Riigikohus_(kohtuotsuste_protokollid), lk 16
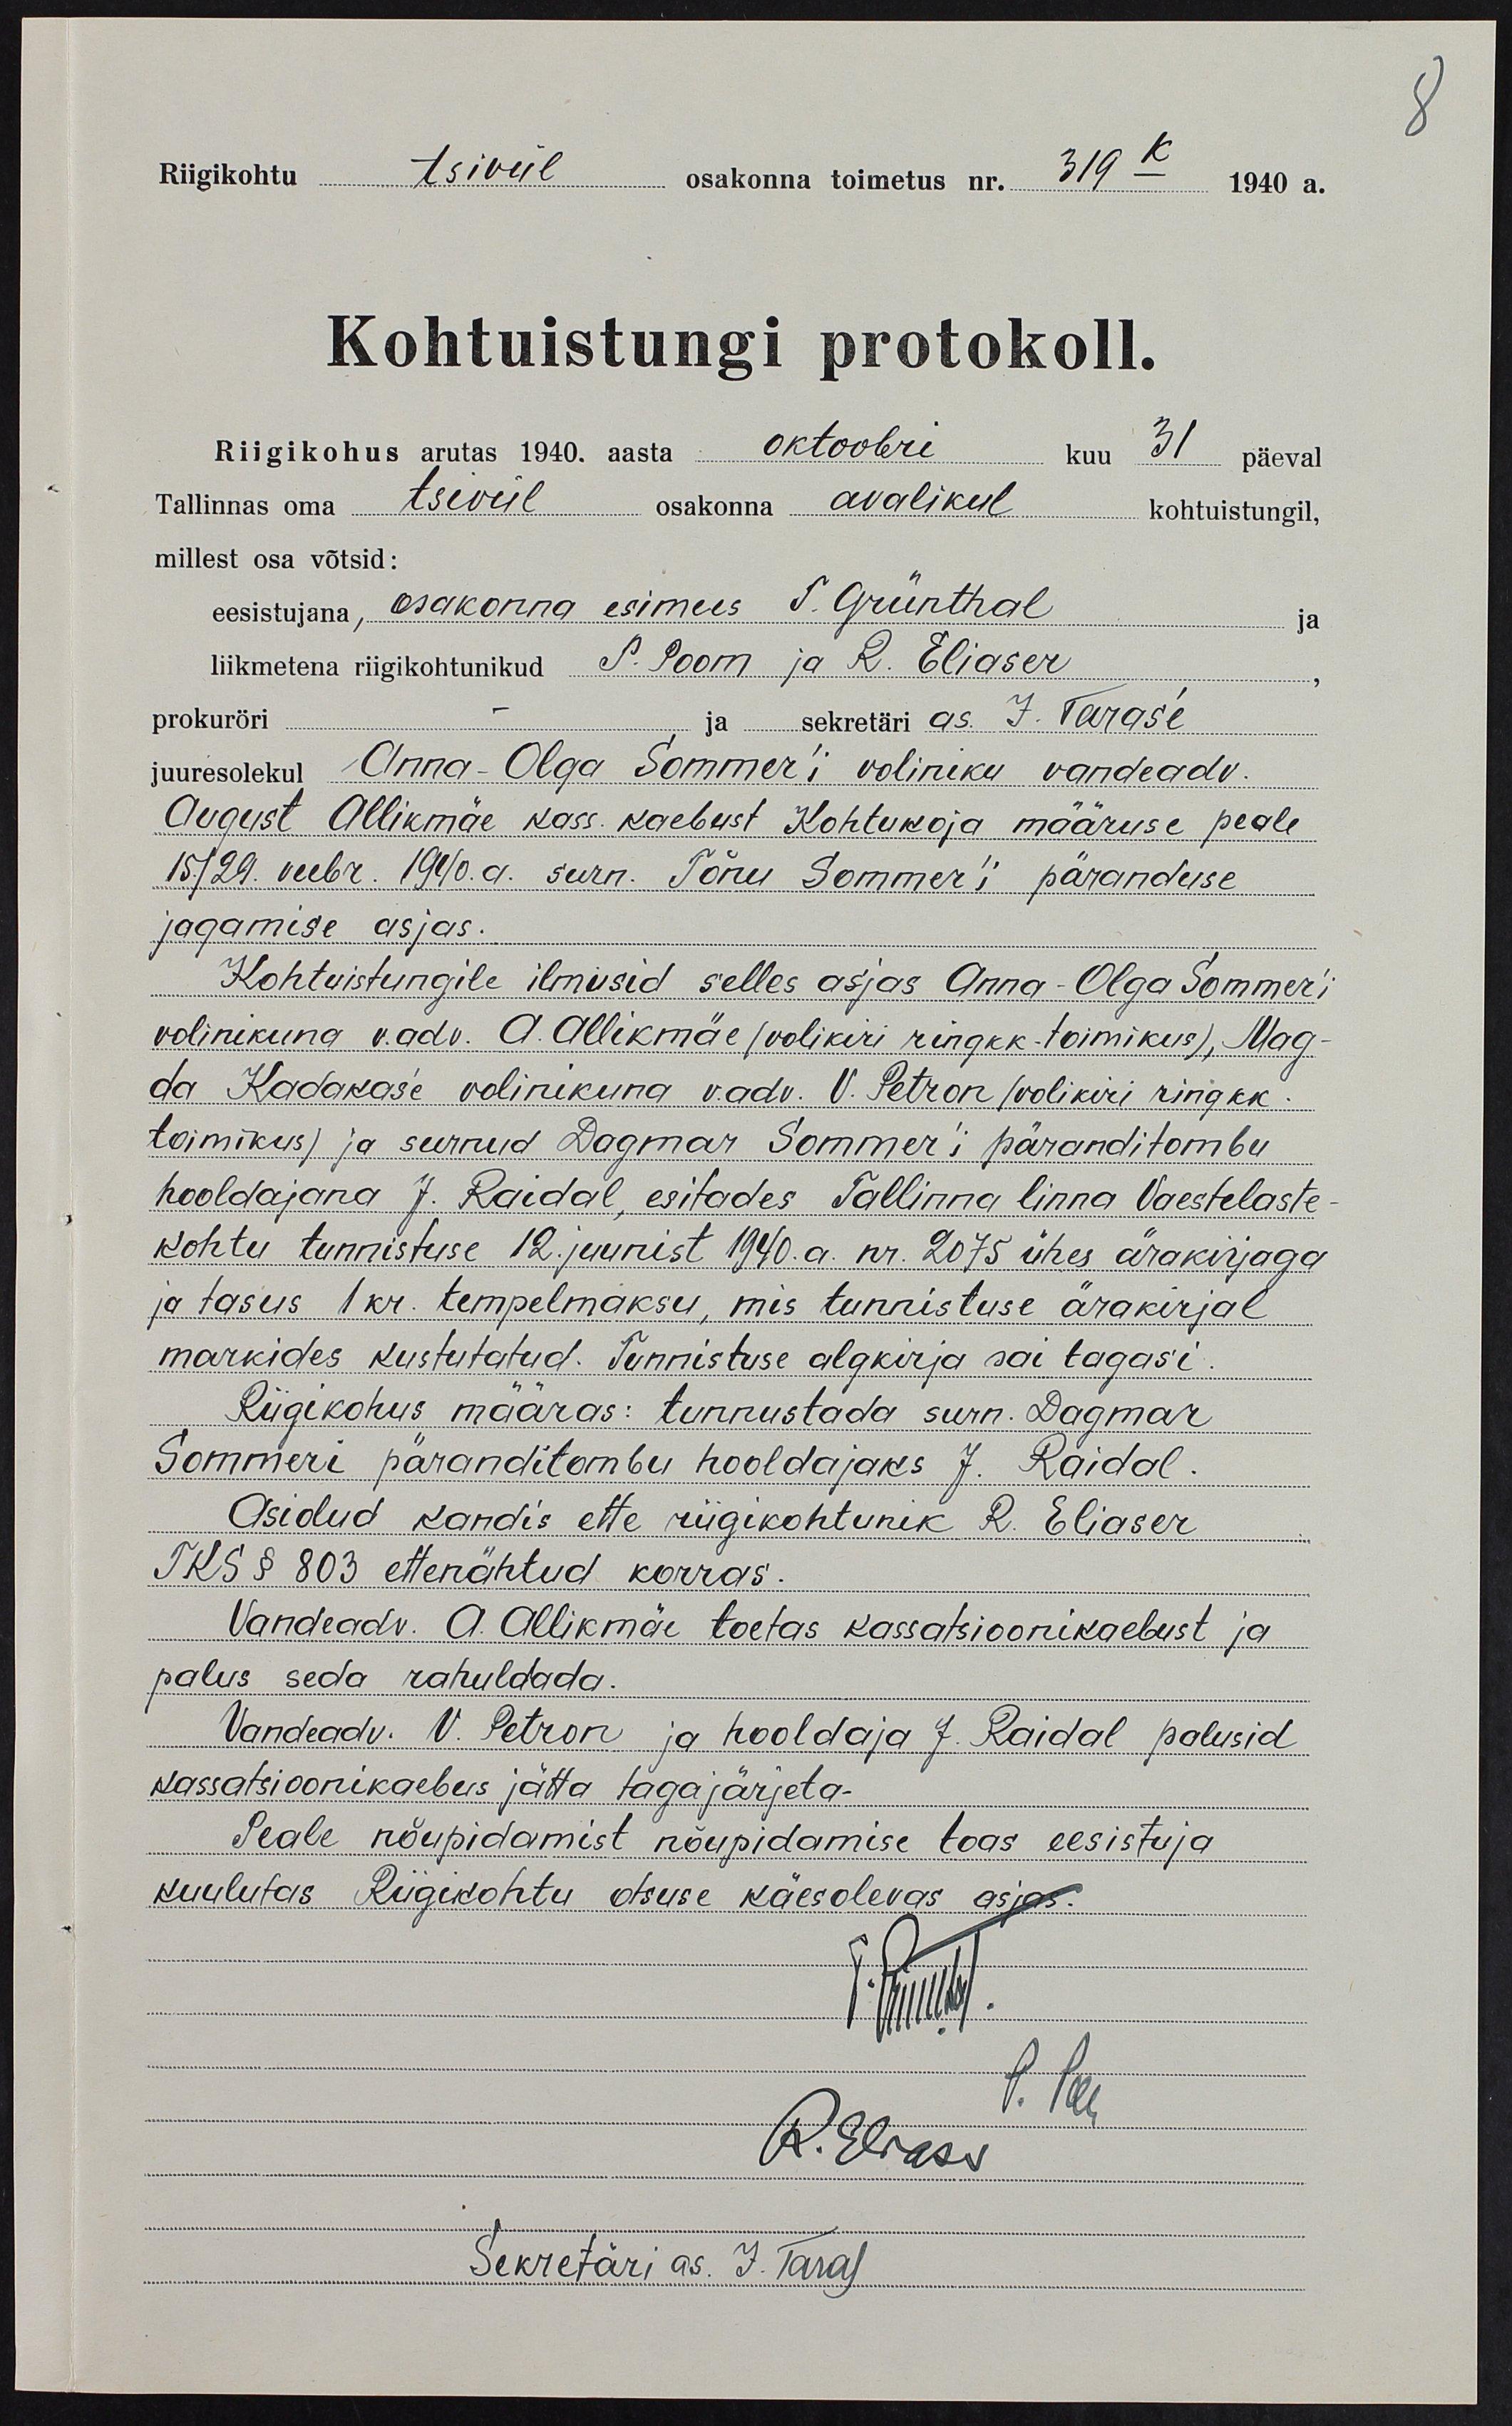
Riigikohtu tsiviil osakonna toimetus nr. 319-K 1940 a.
Kohtuistungi protokoll.
Riigikohus arutas 1940. aasta oktoobri kuu 31 päeval
Tallinnas oma tsiviil osakonna avalikul kohtuistungil,
millest osa võtsid:
eesistujana, osakonna esimees T. Grünthal
liikmetena riigikohtunikud P. Poom ja R. Eliaser
prokuröri
ja sekretäri as. J. Taras'e
juuresolekul Anna-Olga Sommer'i voliniku vandeadv
August Allikmäe kass. kaebust Kohtukoja määruse peale
15./29. veebr. 1940.a. surn. Tõnu Sommer'i päranduse
jagamise asjas.
Kohtuistungile ilmusid selles asjas Anna-Olga Sommeri
volinikuna v.adv. A. Allikmäe (volikiri ringkk-toimikus), Mag-
da Kadakas'e volinikuna v.adv. V. Petron (volikiri ringkk.
toimikus) ja surnud Dagmar Sommer'i päranditombu
hooldajana J. Raidal, esitades Tallinna linna Vaestelaste-
kohtu tunnistuse 12. juunist 1940.a. nr. 2075 ühes ärakirjaga
ja tasus 1 kr. tempelmaksu, mis tunnistuse ärakirjal
markides kustutatud. Tunnistuse algkirja sai tagasi.
Riigikohus määras: tunnustada surn. Dagmar
Sommeri pärandikombu hooldajaks J. Raidal
Asidud kandis ette riigikohtunik R. Eliaser
TKS § 803 ettenähtud korras
Vandeadv. A. Allikmäe toetas kassatsioonikaebust ja
palus seda rahuldada.
Vandeadv. V. Petron ja hooldaja J. Raidal palusid
kassatsioonikaebus jätta tagajärjeta.
Peale nõupidamist nõupidamise toas eesistuja
kuulutas Riigikohtu otsuse käesolevas asjas.